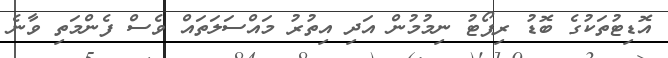
އޮޑިޓުތަކުގެ ބޮޑު ރިޕޯޓު ނިމުމުން އަދި އިތުރު މައްސަލަތައް ވެސް ފެންމަތި ވާނެ